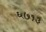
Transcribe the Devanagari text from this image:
६७१३